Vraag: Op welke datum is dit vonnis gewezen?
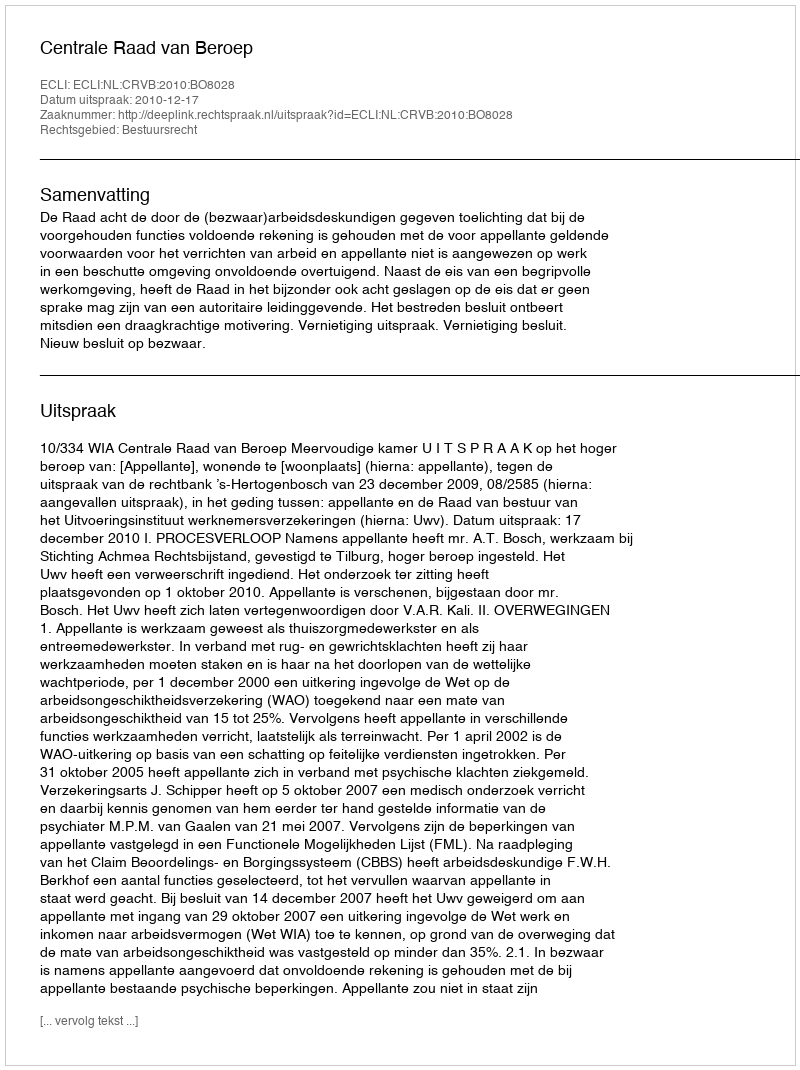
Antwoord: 2010-12-17